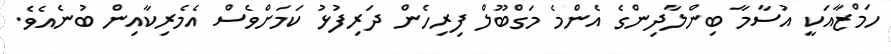
ހަމްޒާއަކީ އުސާމާ ބިންލާދިންގެ އެންމެ މަގްބޫލް ފިރިހެން ދަރިފުޅު ކަމަށްވެސް އެމެރިކާއިން ބުނެއެވެ.